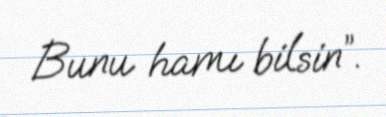
Bunu hamı bilsin”.